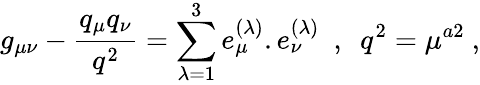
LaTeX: g_{\mu\nu}-{\frac{q_{\mu}q_{\nu}}{q^{2}}}=\sum_{\lambda=1}^{3}e_{\mu}^{(\lambda)}.e_{\nu}^{(\lambda)}~~,~~q^{2}=\mu^{a2}\ ,